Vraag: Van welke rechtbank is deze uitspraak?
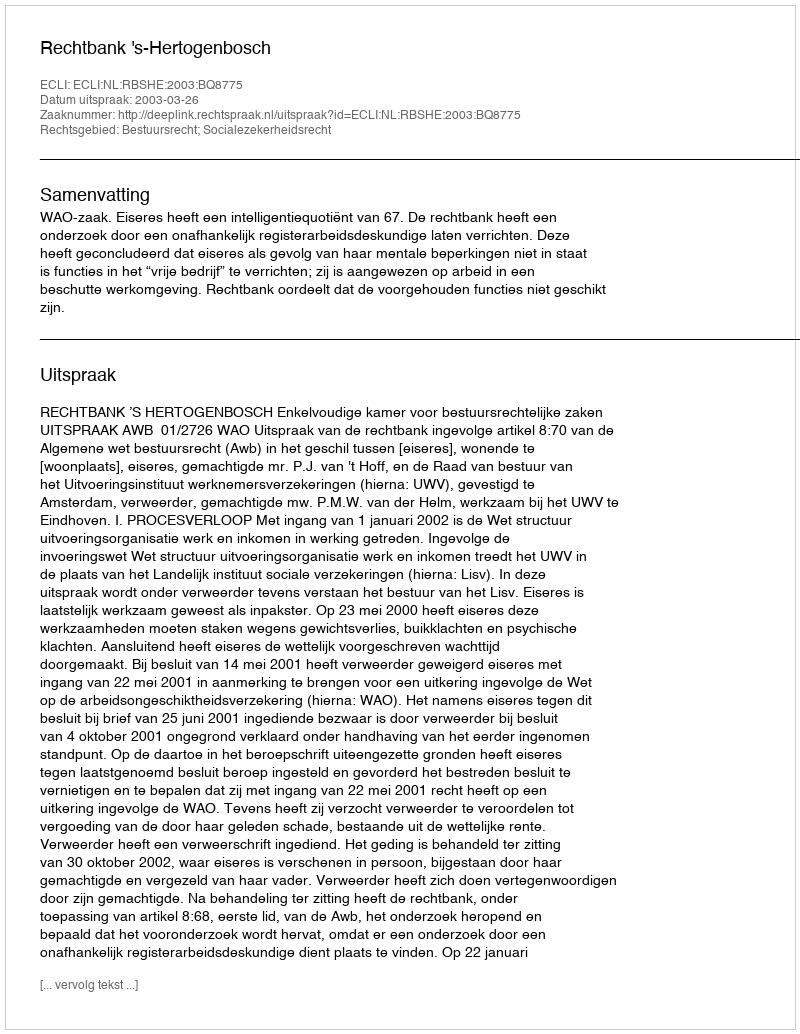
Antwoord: Rechtbank 's-Hertogenbosch